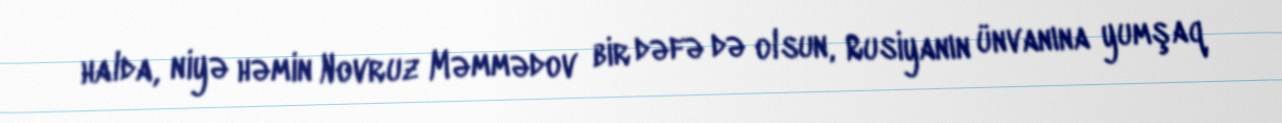
halda, niyə həmin Novruz Məmmədov bir dəfə də olsun, Rusiyanın ünvanına yumşaq